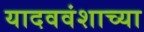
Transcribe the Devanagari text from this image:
यादववंशाच्या